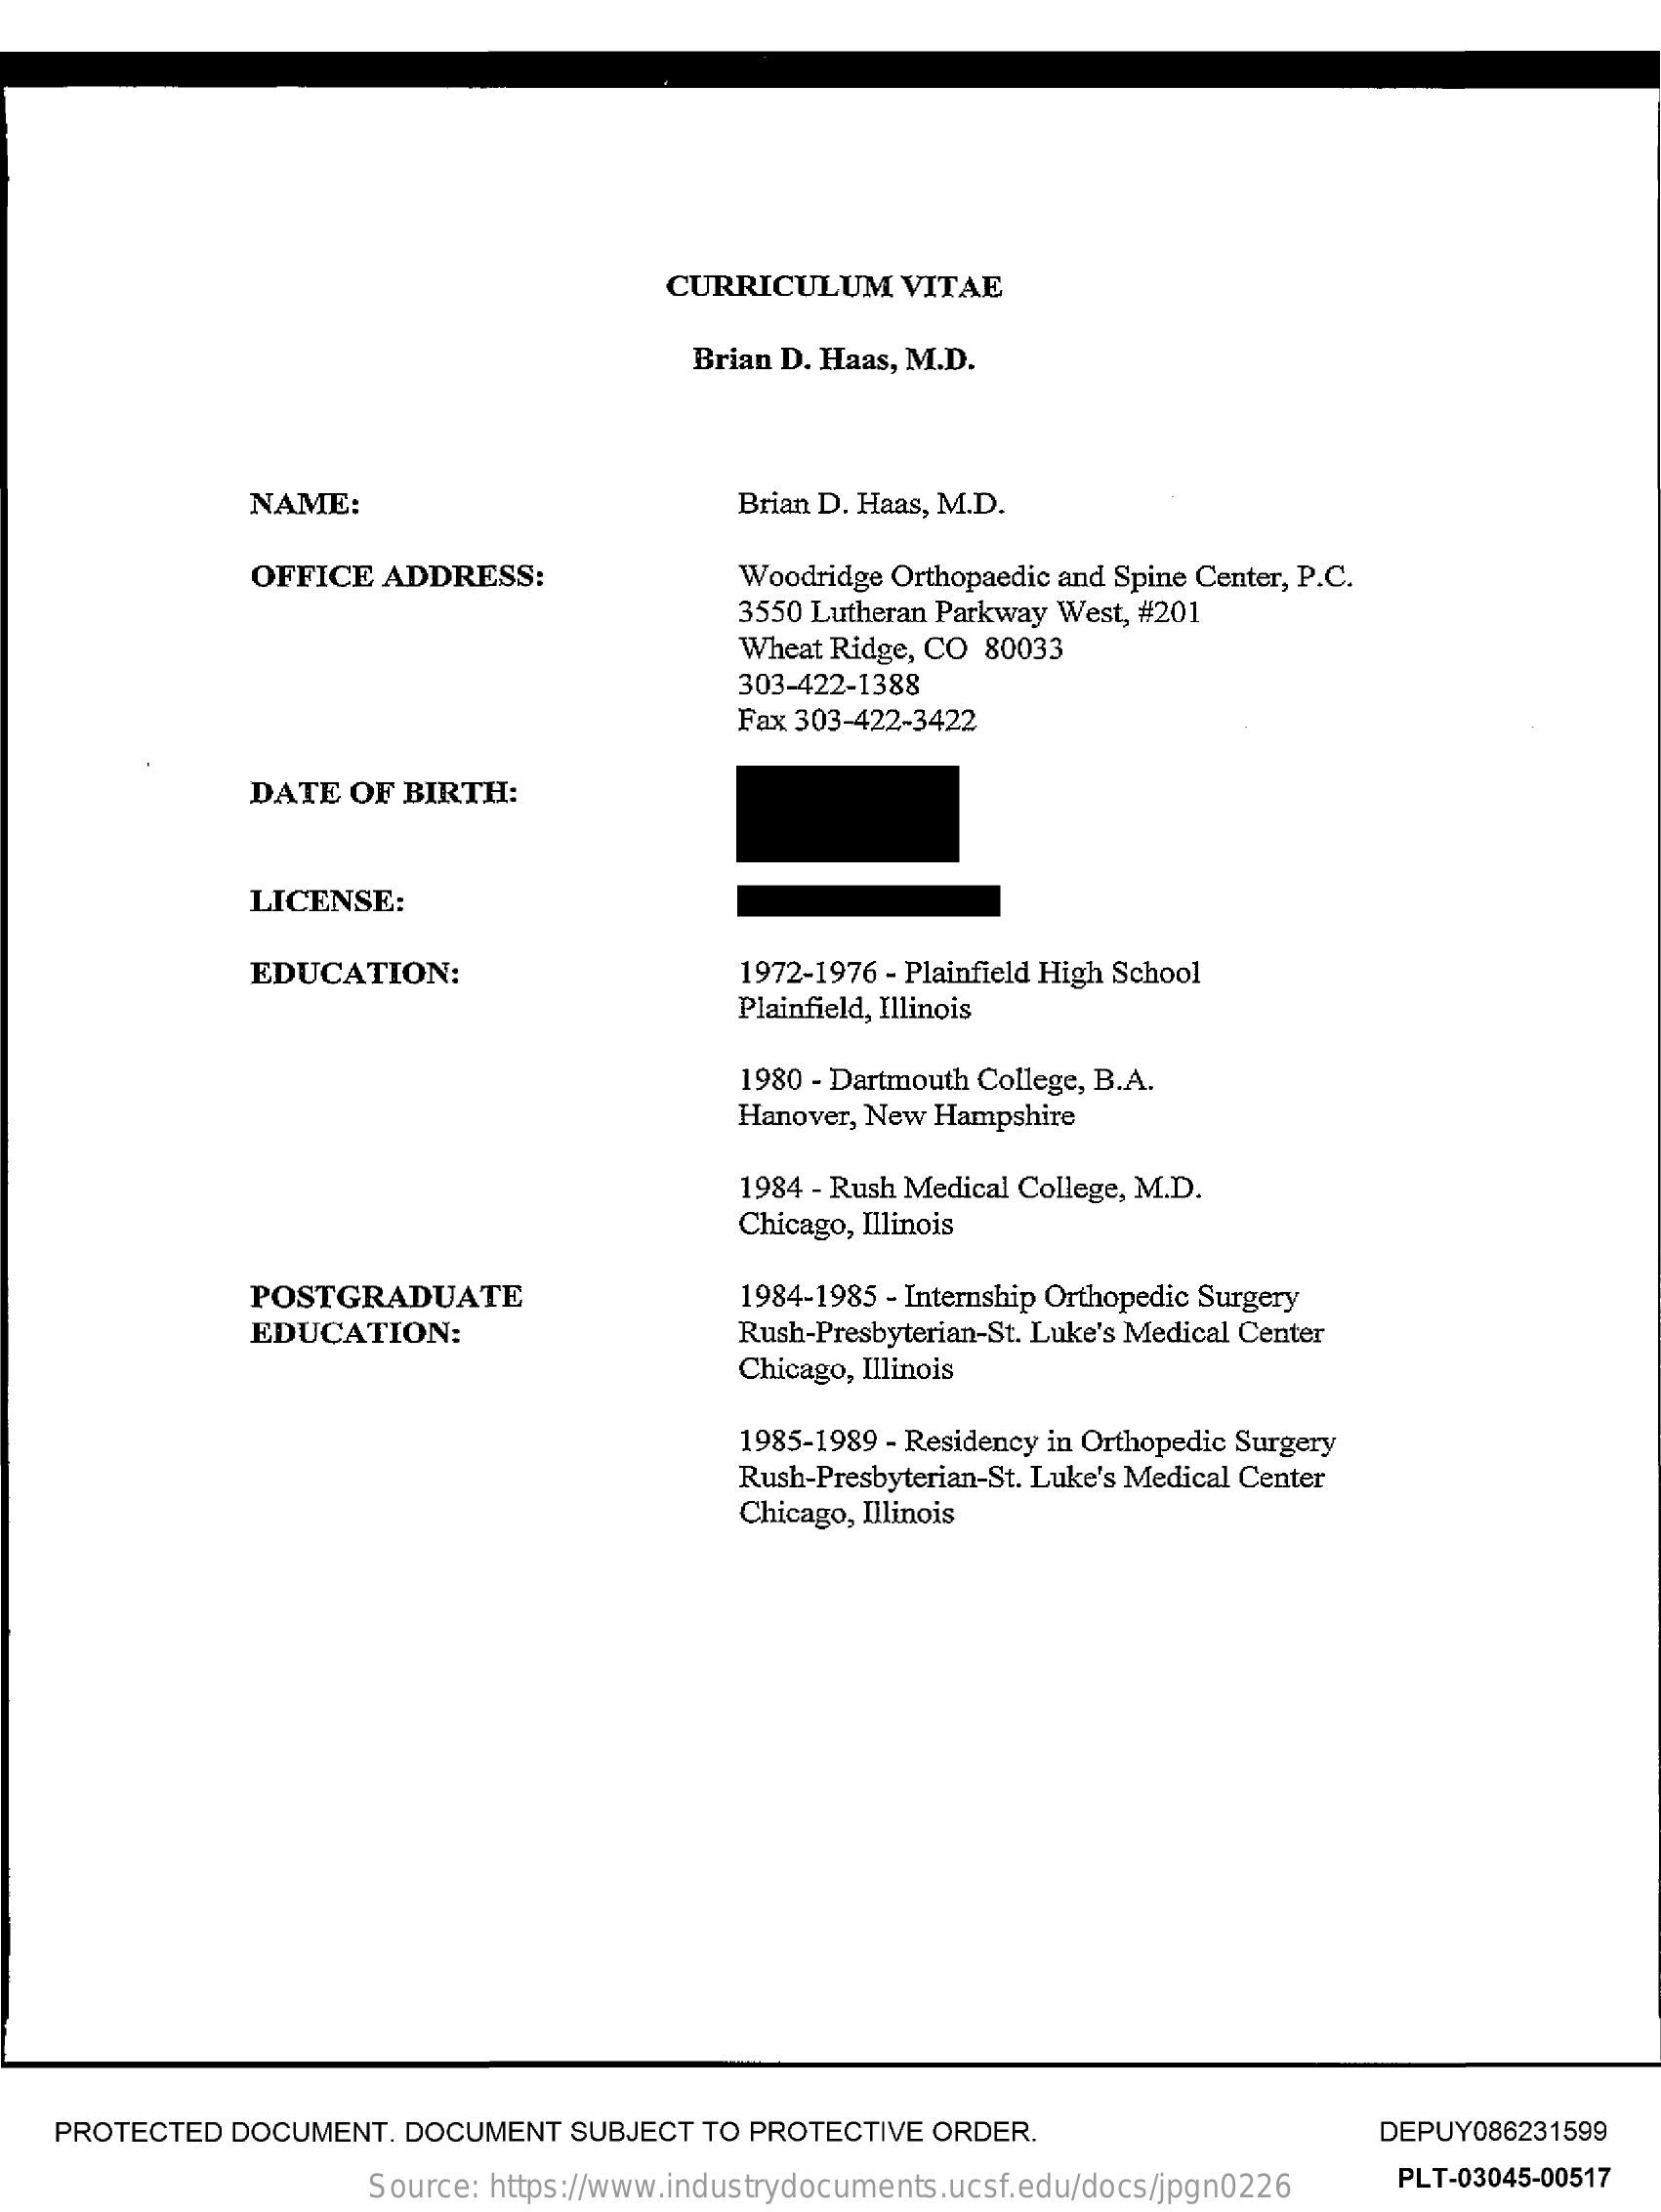
CURRICULUM    VITAE
     Brian D. Haas, M.D.
     NAME:    Brian D. Haas, M.D.
     OFFICE  ADDRESS:    Woodridge Orthopaedic and Spine Center, P.C.
     3550 Lutheran Parkway West, #201
     Wheat Ridge, CO 80033
     303-422-1388
     Fax 303-422-3422
     DATE  OF BIRTH:
     LICENSE:
     EDUCATION:    1972-1976 - Plainfield High School
     Plainfield, Illinois
     1980 - Dartmouth College, B.A.
     Hanover, New Hampshire
     1984 - Rush Medical College, M.D.
     Chicago, Illinois
     POSTGRADUATE    1984-1985 - Internship Orthopedic Surgery
     EDUCATION:    Rush-Presbyterian-St. Luke's Medical Center
     Chicago, Illinois
     1985-1989 - Residency in Orthopedic Surgery
     Rush-Presbyterian-St. Luke's Medical Center
     Chicago, Illinois
   PROTECTED  DOCUMENT. DOCUMENT  SUBJECT TO PROTECTIVE ORDER.    DEPUY086231599
     Source: https://www.industrydocuments.ucsf.edu/docs/jpgn0226 PLT-03045-00517